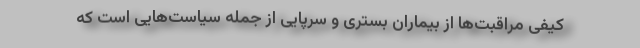
کیفی مراقبت‌ها از بیماران بستری و سرپایی از جمله سیاست‌هایی است که